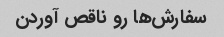
سفارش‌ها رو ناقص آوردن